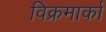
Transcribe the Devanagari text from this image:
विक्रमार्का